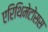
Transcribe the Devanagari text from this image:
एरिथिमेटोसस